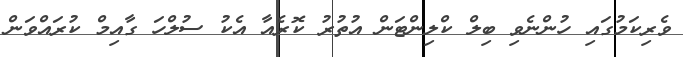
ވެރިކަމުގައި ހުންނެވި ބިލް ކްލިންޓަން އުތުރު ކޮރެއާ އެކު ސުލްހަ ގާއިމް ކުރައްވަން